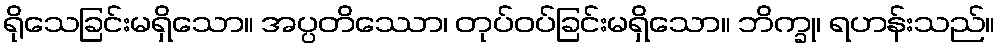
ရိုသေခြင်းမရှိသော။ အပ္ပတိဿော၊ တုပ်ဝပ်ခြင်းမရှိသော။ ဘိက္ခု၊ ရဟန်းသည်။